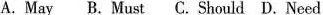
A.May B. Must C.Should D. Need